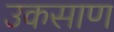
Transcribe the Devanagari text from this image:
उकसाण